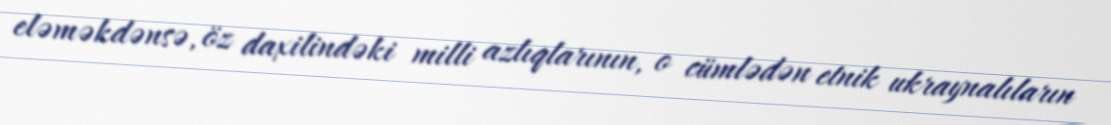
eləməkdənsə, öz daxilindəki milli azlıqlarının, o cümlədən etnik ukraynalıların